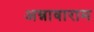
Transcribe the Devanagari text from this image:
अन्नावाराम